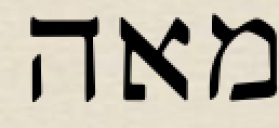
מאה